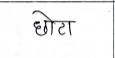
मजकूर: छोटा